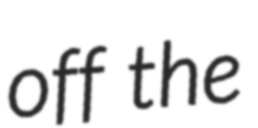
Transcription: off the